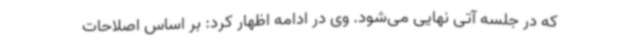
که در جلسه آتی نهایی می‌شود. وی در ادامه اظهار کرد: بر اساس اصلاحات